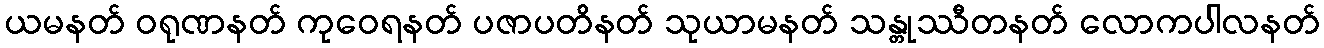
ယမနတ် ဝရုဏနတ် ကုဝေရနတ် ပဇာပတိနတ် သုယာမနတ် သန္တုဿီတနတ် လောကပါလနတ်